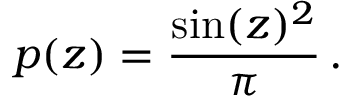
p ( z ) = \frac { \sin ( z ) ^ { 2 } } { \pi } \, .